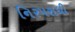
નિરપરાધી